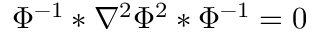
\Phi ^ { - 1 } * \nabla ^ { 2 } \Phi ^ { 2 } * \Phi ^ { - 1 } = 0